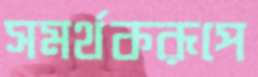
সমর্থকরূপে